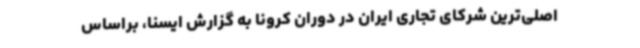
اصلی‌ترین شرکای تجاری ایران در دوران کرونا به گزارش ایسنا، براساس